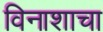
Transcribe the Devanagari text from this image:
विनाशाचा